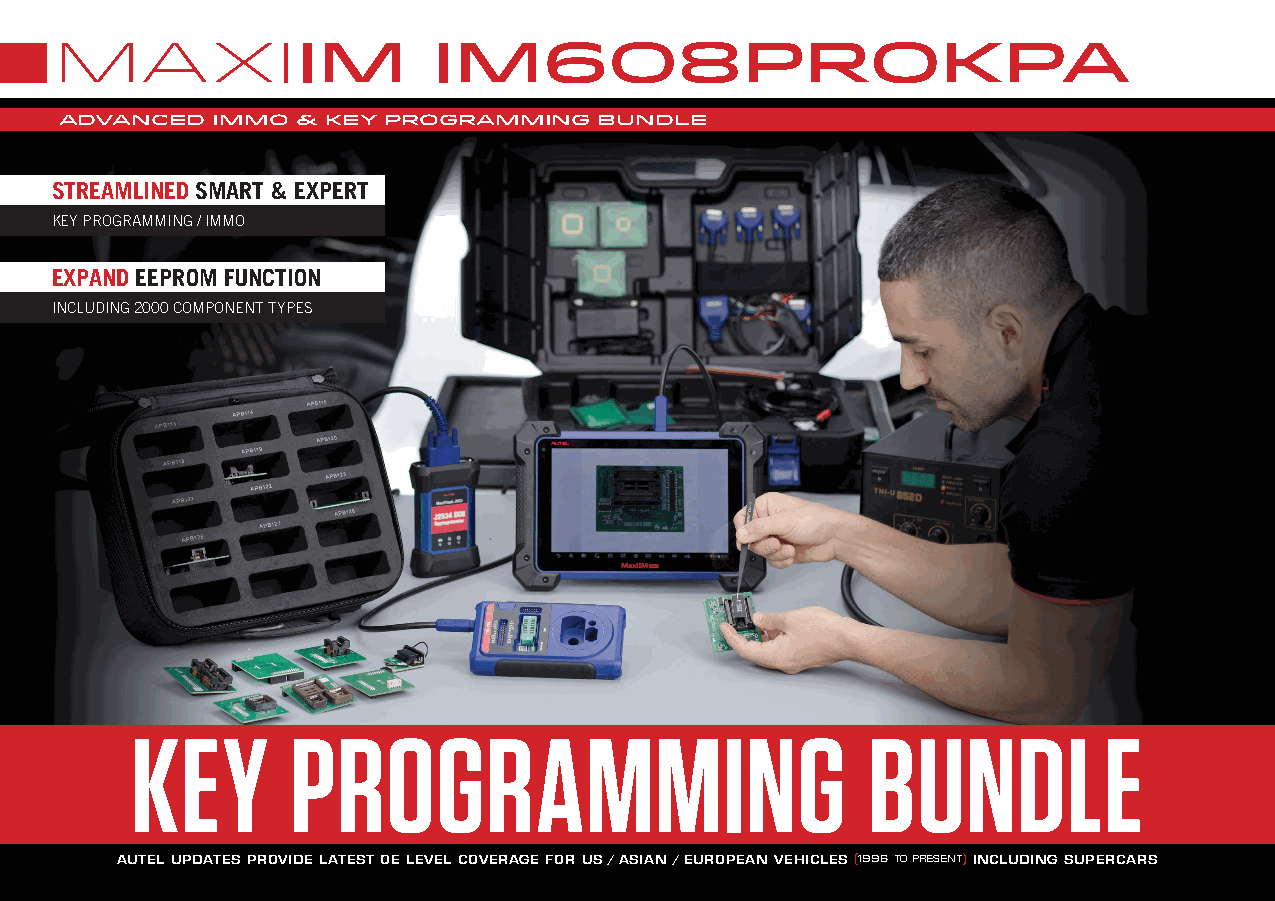
maxiim                    im608PROKPA
 ADVANCED  IMMO  & key programming   BUNDLE
 STREAMLINED SMART & EXPERT
 KEY PROGRAMMING / IMMO
 EXPAND EEPROM FUNCTION
 INCLUDING 2000 COMPONENT TYPES
 KEY       PROGRAMMING                           BUNDLE
 AUTEL UPDATES PROVIDE LATEST OE LEVEL COVERAGE FOR US / ASIAN / EUROPEAN VEHICLES (1996 TO PRESENT) INCLUDING SUPERCARS